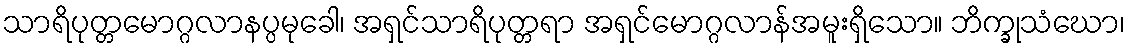
သာရိပုတ္တမောဂ္ဂလာနပ္ပမုခေါ၊ အရှင်သာရိပုတ္တရာ အရှင်မောဂ္ဂလာန်အမူးရှိသော။ ဘိက္ခုသံဃော၊